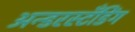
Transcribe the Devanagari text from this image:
अन्डरस्टँडिंग